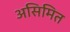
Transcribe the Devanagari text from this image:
असिमित